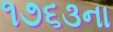
૧૭૬૩ના